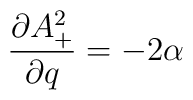
\frac{\partial A_+^2}{\partial q}=-2\alpha